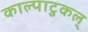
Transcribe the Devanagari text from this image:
काल्पाटुकल्